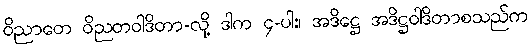
ဝိညာတေ ဝိညတဝါဒိတာ-လို့ ဒါက ၄-ပါး၊ အဒိဋ္ဌေ အဒိဋ္ဌဝါဒိတာစသည်က